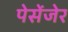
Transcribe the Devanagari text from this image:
पेसेंजेर